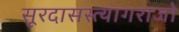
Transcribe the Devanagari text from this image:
सूरदासस्त्यागराजो